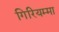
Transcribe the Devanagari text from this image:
गिरियम्मा